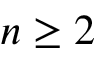
n \geq 2